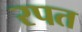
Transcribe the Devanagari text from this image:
रपत